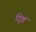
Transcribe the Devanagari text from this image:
द्ष्टि